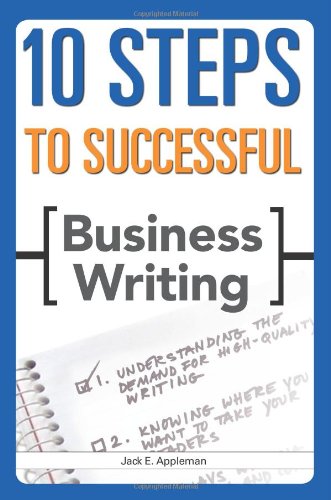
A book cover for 10 Steps to Successful Business Writing (10 Steps); Jack E. Appleman; Business & Money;